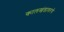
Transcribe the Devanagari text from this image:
कालखंडावरचे